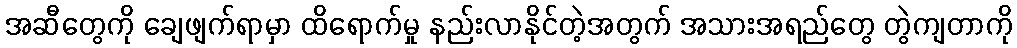
အဆီတွေကို ချေဖျက်ရာမှာ ထိရောက်မှု နည်းလာနိုင်တဲ့အတွက် အသားအရည်တွေ တွဲကျတာကို